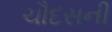
ચૌદસની